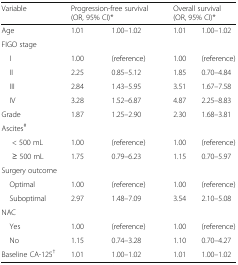
<table><thead><tr><td><b>Variable</b></td><td colspan="2"><b>Progression-free survival(OR, 95% CI)*</b></td><td colspan="2"><b>Overall survival(OR, 95% CI)*</b></td></tr></thead><tbody><tr><td>Age</td><td>1.01</td><td>1.00–1.02</td><td>1.01</td><td>1.00–1.02</td></tr><tr><td colspan="5">FIGO stage</td></tr><tr><td> I</td><td>1.00</td><td>(reference)</td><td>1.00</td><td>(reference)</td></tr><tr><td> II</td><td>2.25</td><td>0.85–5.12</td><td>1.85</td><td>0.70–4.84</td></tr><tr><td> III</td><td>2.84</td><td>1.43–5.95</td><td>3.51</td><td>1.67–7.58</td></tr><tr><td> IV</td><td>3.28</td><td>1.52–6.87</td><td>4.87</td><td>2.25–8.83</td></tr><tr><td>Grade</td><td>1.87</td><td>1.25–2.90</td><td>2.30</td><td>1.68–3.81</td></tr><tr><td colspan="5">Ascites<sup>#</sup></td></tr><tr><td>&lt; 500 mL</td><td>1.00</td><td>(reference)</td><td>1.00</td><td>(reference)</td></tr><tr><td>≥ 500 mL</td><td>1.75</td><td>0.79–6.23</td><td>1.15</td><td>0.70–5.97</td></tr><tr><td colspan="5">Surgery outcome</td></tr><tr><td> Optimal</td><td>1.00</td><td>(reference)</td><td>1.00</td><td>(reference)</td></tr><tr><td> Suboptimal</td><td>2.97</td><td>1.48–7.09</td><td>3.54</td><td>2.10–5.08</td></tr><tr><td colspan="5">NAC</td></tr><tr><td> Yes</td><td>1.00</td><td>(reference)</td><td>1.00</td><td>(reference)</td></tr><tr><td> No</td><td>1.15</td><td>0.74–3.28</td><td>1.10</td><td>0.70–4.27</td></tr><tr><td>Baseline CA-125<sup>†</sup></td><td>1.01</td><td>1.00–1.02</td><td>1.01</td><td>1.00–1.02</td></tr></tbody></table>